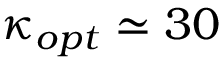
\kappa _ { o p t } \simeq 3 0